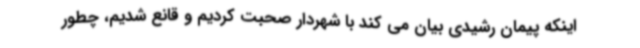
اینکه پیمان رشیدی بیان می کند با شهردار صحبت کردیم و قانع شدیم، چطور